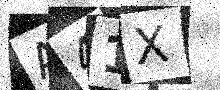
Text: A41X